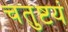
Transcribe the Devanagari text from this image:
चतुष्टयं